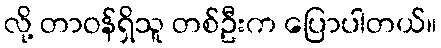
လို့ တာဝန်ရှိသူ တစ်ဦးက ပြောပါတယ်။